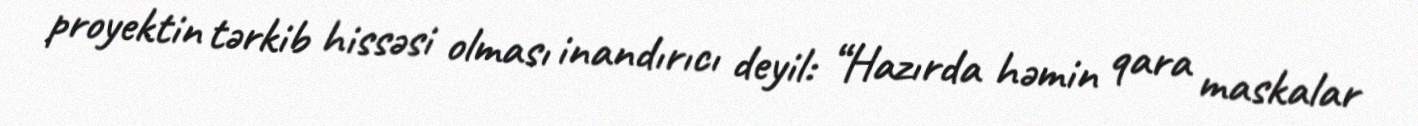
proyektin tərkib hissəsi olması inandırıcı deyil: “Hazırda həmin qara maskalar